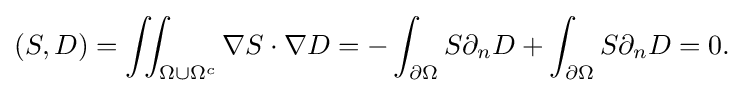
\displaystyle {(S,D)=\iint _{\Omega \cup \Omega ^{c}}\nabla S\cdot \nabla D=-\int _{\partial \Omega }S\partial _{n}D+\int _{\partial \Omega }S\partial _{n}D=0.}